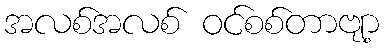
အလစ်အလစ် ဝင်စစ်တာဗျာ့